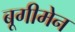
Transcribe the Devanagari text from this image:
बूगीमेन